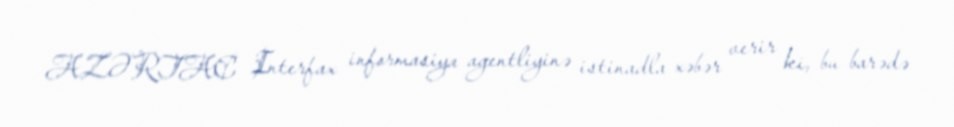
AZƏRTAC Interfax informasiya agentliyinə istinadla xəbər verir ki, bu barədə